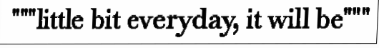
"""little bit everyday, it will be"""